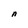
Character: n